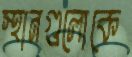
স্থানগুলোকে